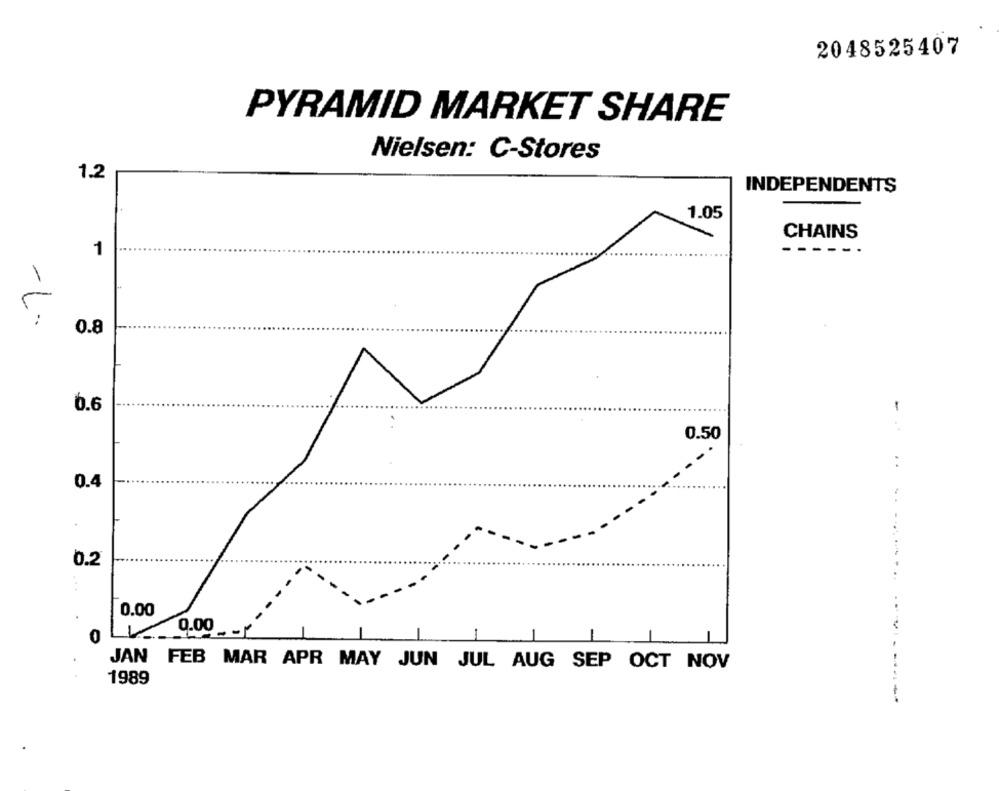
2048525407
PYRAMID MARKET SHARE
Nielsen: C-Stores
1.2
INDEPENDENTS
1.05
CHAINS
1
-----.
-1 ...
0.8
6.6
. .
0.50
-..
. .
0.4
.
0.2
0.00
9.00 -- 5
0
JAN FEB MAR APR MAY JUN JUL AUG SEP OCT NOV
1989
-------------